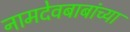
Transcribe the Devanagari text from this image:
नामदेवबाबांच्या